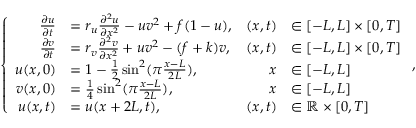
\left\{ \begin{array} { r l r l } { \frac { \partial u } { \partial t } } & { = r _ { u } \frac { \partial ^ { 2 } u } { \partial x ^ { 2 } } - u v ^ { 2 } + f ( 1 - u ) , } & { ( x , t ) } & { \in [ - L , L ] \times [ 0 , T ] } \\ { \frac { \partial v } { \partial t } } & { = r _ { v } \frac { \partial ^ { 2 } v } { \partial x ^ { 2 } } + u v ^ { 2 } - ( f + k ) v , } & { ( x , t ) } & { \in [ - L , L ] \times [ 0 , T ] } \\ { u ( x , 0 ) } & { = 1 - \frac { 1 } { 2 } \sin ^ { 2 } ( \pi \frac { x - L } { 2 L } ) , } & { x } & { \in [ - L , L ] } \\ { v ( x , 0 ) } & { = \frac { 1 } { 4 } \sin ^ { 2 } ( \pi \frac { x - L } { 2 L } ) , } & { x } & { \in [ - L , L ] } \\ { u ( x , t ) } & { = u ( x + 2 L , t ) , } & { ( x , t ) } & { \in \mathbb { R } \times [ 0 , T ] } \end{array} \right. ,